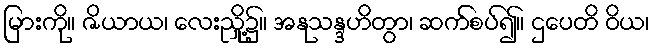
မြားကို။ ဇိယာယ၊ လေးညှို့၌။ အနုသန္ဒဟိတွာ၊ ဆက်စပ်၍။ ဌပေတိ ဝိယ၊